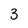
Character: 3